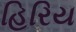
હિરિય